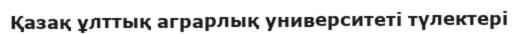
Қазақ ұлттық аграрлық университеті түлектері